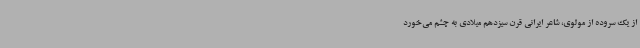
از یک سروده از مولوی،‌ شاعر ایرانی قرن سیزدهم میلادی به چشم می‌خورد